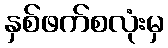
နှစ်ဖက်စလုံးမှ